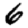
Digit: 6